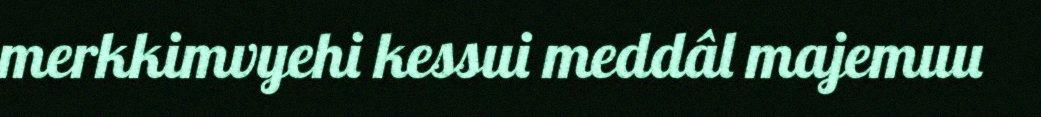
merkkimvyehi kessui meddâl majemuu